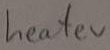
Text: heater